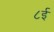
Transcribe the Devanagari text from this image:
८ई